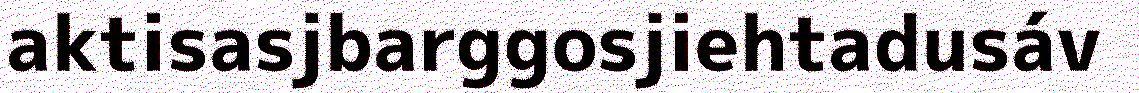
aktisasjbarggosjiehtadusáv